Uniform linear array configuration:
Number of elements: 8
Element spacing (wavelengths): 0.75
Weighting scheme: cosine
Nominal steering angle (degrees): -60
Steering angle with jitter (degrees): -59.269
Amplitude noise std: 0.05
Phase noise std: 0.05

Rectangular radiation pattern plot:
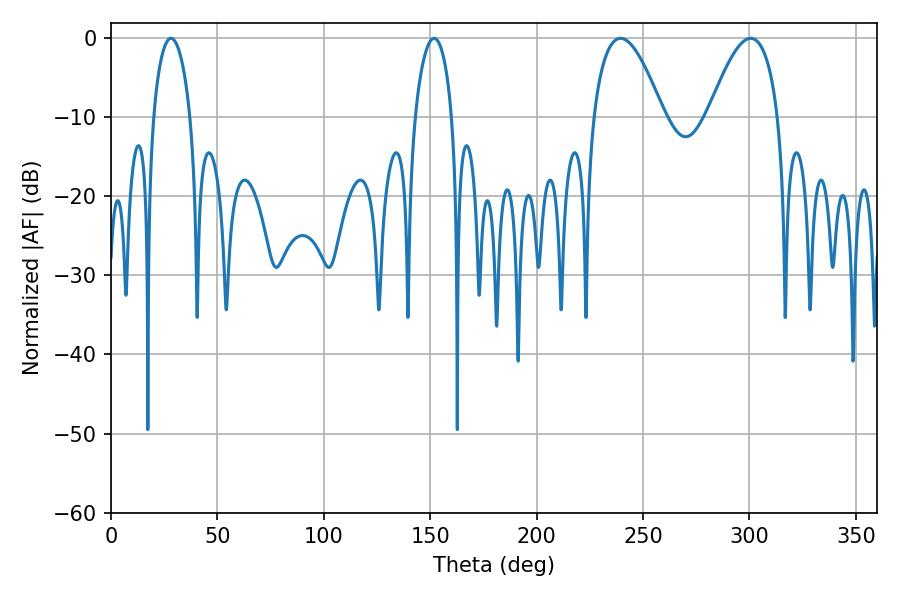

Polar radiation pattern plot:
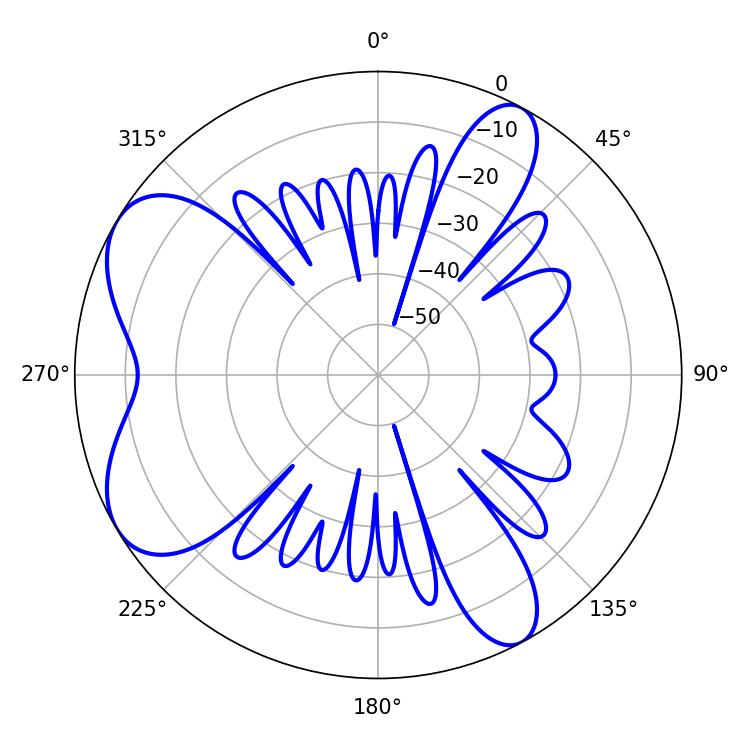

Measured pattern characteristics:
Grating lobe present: TRUE
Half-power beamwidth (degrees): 18
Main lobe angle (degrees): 239.4